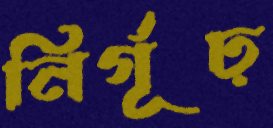
নির্গূঢ়